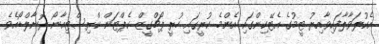
އެކުލަވާލާފައިވާއިރު ޓީމުގެ އެޓޭކިންގައި އެންމެ ކުރީގައި ހުރީ ޕޯޗްގީޒް ކެޕްޓަން ކްރިސްޓިއާނޯ ރޮނާލްޑޯއެވެ.